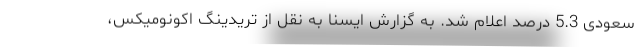
سعودی 5.3 درصد اعلام شد. به گزارش ایسنا به نقل از تریدینگ اکونومیکس،